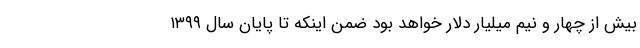
بیش از چهار و نیم میلیار دلار خواهد بود ضمن اینکه تا پایان سال ۱۳۹۹